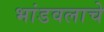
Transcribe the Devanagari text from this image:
भांडवलाचे